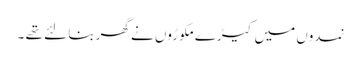
نمدوں میں کیڑے مکوڑوں نے گھربنا لئے تھے ۔